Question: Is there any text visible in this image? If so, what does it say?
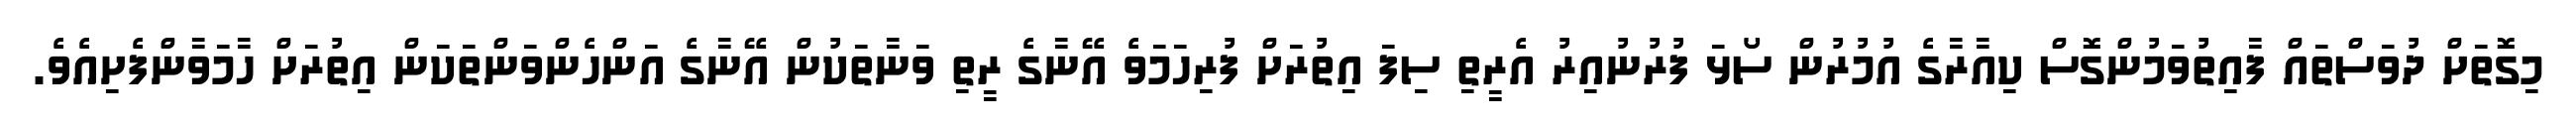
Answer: މިގޮތަށް ދުވަސްތައް ފާއިތުވަމުންގޮސް ކިއާރާގެ އުމުރުން ސޯޅަ ފުރުނުއިރު އެރީތި ސިފަ އިތުރަށް ފުރިހަމަވެ އޭނާގެ ރީތި ވަނާތަކުން އޭނާގެ އަންހެންވަންތަކަން އިތުރަށް ހާމަވާންފެށިއެވެ.